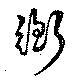
衡